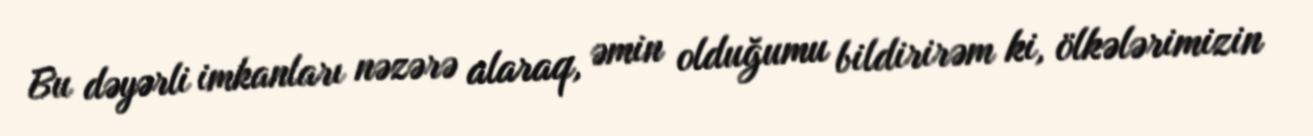
Bu dəyərli imkanları nəzərə alaraq, əmin olduğumu bildirirəm ki, ölkələrimizin